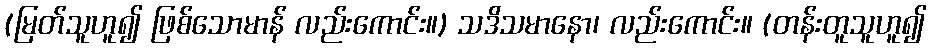
(မြတ်သူဟူ၍ ဖြစ်သောမာန် လည်းကောင်း။) သဒိသမာနော၊ လည်းကောင်း။ (တန်းတူသူဟူ၍